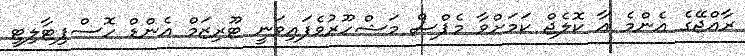
ރާއްޖޭގެ އެންމެ އާ ކޮލެޖް ކަމަށްވާ މެޕްސް މަޝްހޫރުވެފައިވަނީ ޓޫރިޒަމް އެންޑް ހޮސްޕިޓާލިޓީ